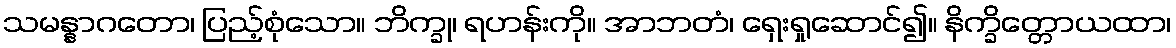
သမန္နာဂတော၊ ပြည့်စုံသော။ ဘိက္ခု၊ ရဟန်းကို။ အာဘတံ၊ ရှေးရှုဆောင်၍။ နိက္ခိတ္တောယထာ၊